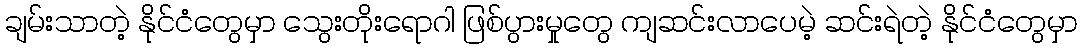
ချမ်းသာတဲ့ နိုင်ငံတွေမှာ သွေးတိုးရောဂါ ဖြစ်ပွားမှုတွေ ကျဆင်းလာပေမဲ့ ဆင်းရဲတဲ့ နိုင်ငံတွေမှာ